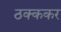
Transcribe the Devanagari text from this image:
ठक्ककर